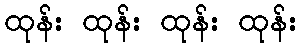
ထုန်း ထုန်း ထုန်း ထုန်း